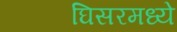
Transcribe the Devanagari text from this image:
घिसरमध्ये